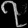
Digit: ၇